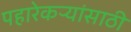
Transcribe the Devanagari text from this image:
पहारेकऱ्यांसाठी